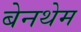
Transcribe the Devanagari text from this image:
बेनथेम